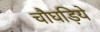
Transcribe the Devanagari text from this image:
चौघड़िये